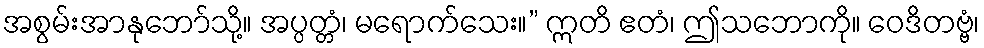
အစွမ်းအာနုဘော်သို့။ အပ္ပတ္တံ၊ မရောက်သေး။” ဣတိ ဧတံ၊ ဤသဘောကို။ ဝေဒိတဗ္ဗံ၊